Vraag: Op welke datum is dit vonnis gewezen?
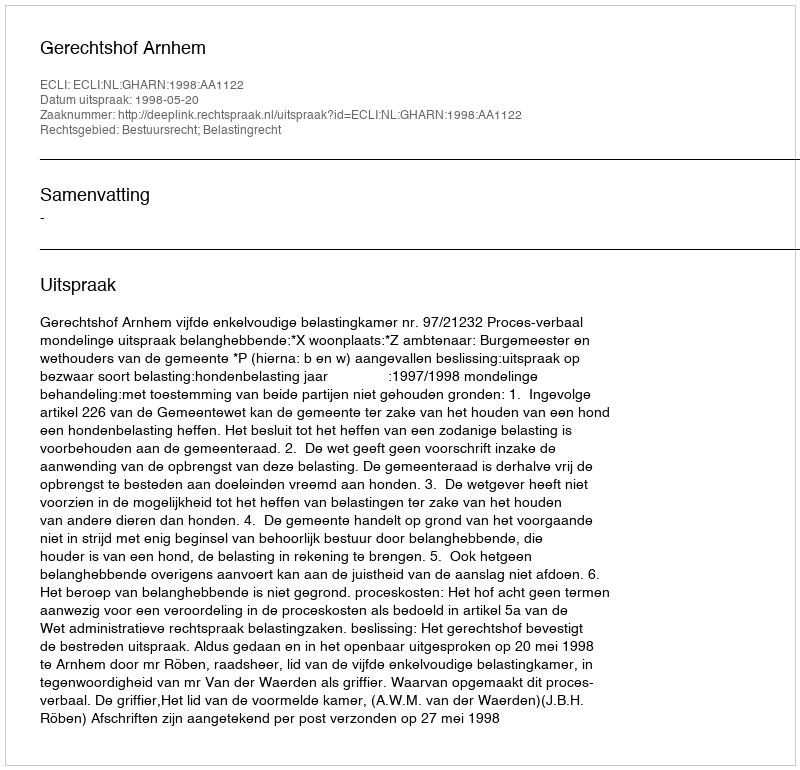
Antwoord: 1998-05-20